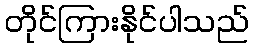
တိုင်ကြားနိုင်ပါသည်